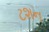
ટશન